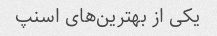
یکی از بهترین‌های اسنپ